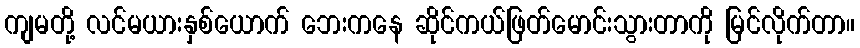
ကျမတို့ လင်မယားနှစ်ယောက် ဘေးကနေ ဆိုင်ကယ်ဖြတ်မောင်းသွားတာကို မြင်လိုက်တာ။